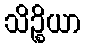
သိဉ္စိယာ